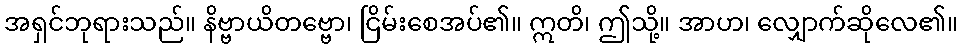
အရှင်ဘုရားသည်။ နိဗ္ဗာယိတဗ္ဗော၊ ငြိမ်းစေအပ်၏။ ဣတိ၊ ဤသို့။ အာဟ၊ လျှောက်ဆိုလေ၏။